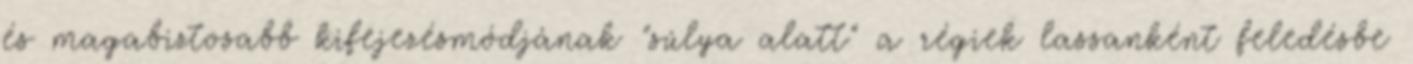
és magabiztosabb kifejezésmódjának "súlya alatt" a régiek lassanként feledésbe